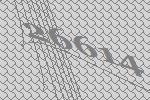
26614